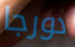
دورجا